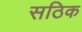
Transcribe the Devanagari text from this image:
सठिक